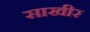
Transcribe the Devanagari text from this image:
साखीर